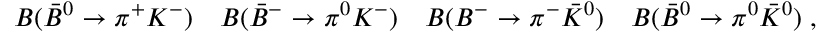
{ \cal B } ( { \bar { B } } ^ { 0 } \to \pi ^ { + } K ^ { - } ) \quad { \cal B } ( { \bar { B } } ^ { - } \to \pi ^ { 0 } K ^ { - } ) \quad { \cal B } ( B ^ { - } \to \pi ^ { - } { \bar { K } } ^ { 0 } ) \quad { \cal B } ( { \bar { B } } ^ { 0 } \to \pi ^ { 0 } { \bar { K } } ^ { 0 } ) \; , \quad